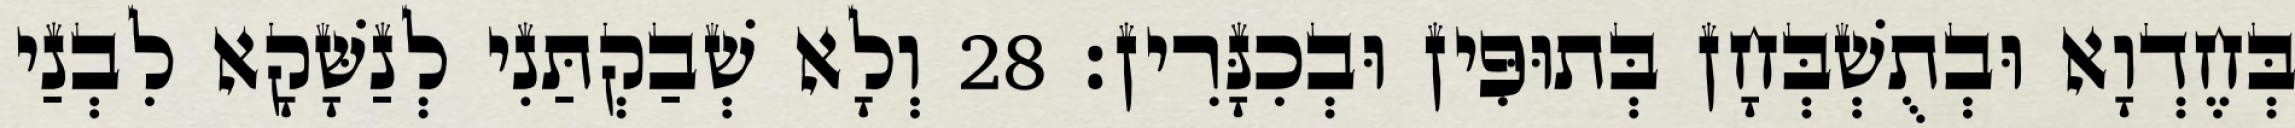
בְּחֶדְוָא וּבְתֻשְׁבְּחָן בְּתוּפִּין וּבְכִנָּרִין׃ 28 וְלָא שְׁבַקְתַּנִי לְנַשָּׁקָא לִבְנַי